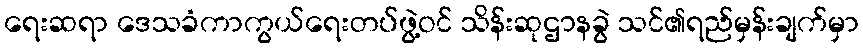
ရေးဆရာ ဒေသခံကာကွယ်ရေးတပ်ဖွဲ့ဝင် သိန်းဆုဌာနခွဲ သင်၏ရည်မှန်းချက်မှာ